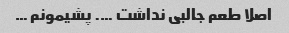
اصلا طعم جالبی نداشت …. پشیمونم …